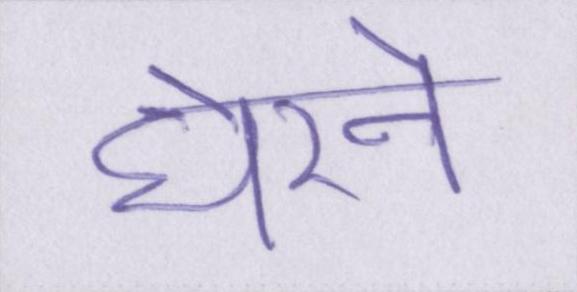
घेरने